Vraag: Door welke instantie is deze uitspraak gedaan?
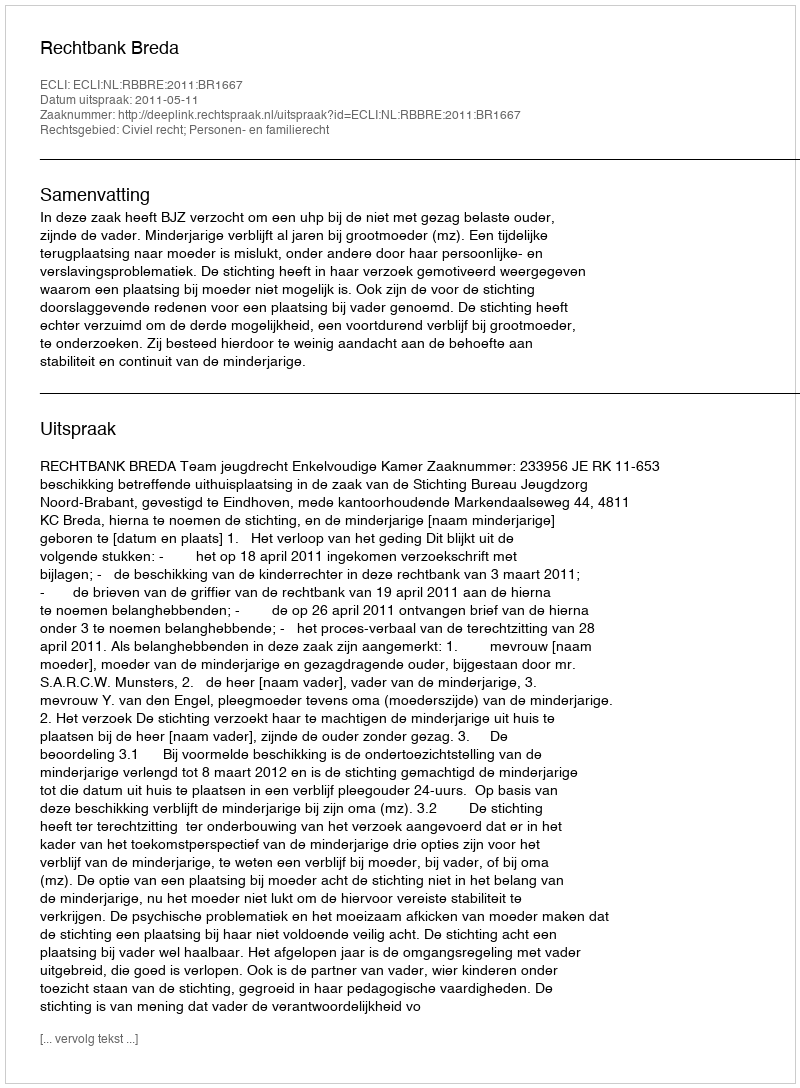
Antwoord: Rechtbank Breda